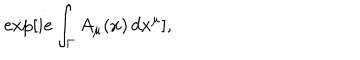
LaTeX: \exp [ i e \int _ { \Gamma } A _ { \mu } ( x ) \, d x ^ { \mu } ] ,